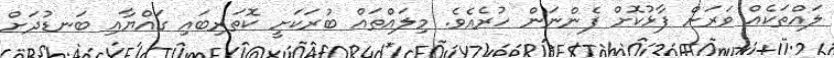
ލައްތަކެއް ވަރަށް ފާޅުކޮށް ފެންނަން ހުރެއެވެ. މިލައްތައް ބުރަކަށީ ކޮތަރިބައި ގައްޔާއި ބަނޑުދަށް